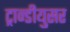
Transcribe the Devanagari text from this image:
ट्रान्डीयुसर